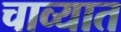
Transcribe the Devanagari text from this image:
चाव्यात